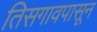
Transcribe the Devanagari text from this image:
तिसगावपासून